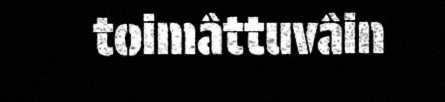
toimâttuvâin